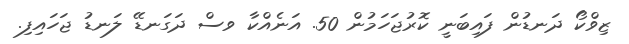
ޒިވްކޯ ދަނޑުން ފައިބަނީ ކޮރުޖަހަމުން 50. އަނެއްކާ ވސް ދަގަނޑޭ ލަނޑު ޖަހައިފި.